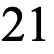
21